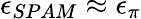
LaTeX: \epsilon_{SPAM}\approx\epsilon_{\pi}